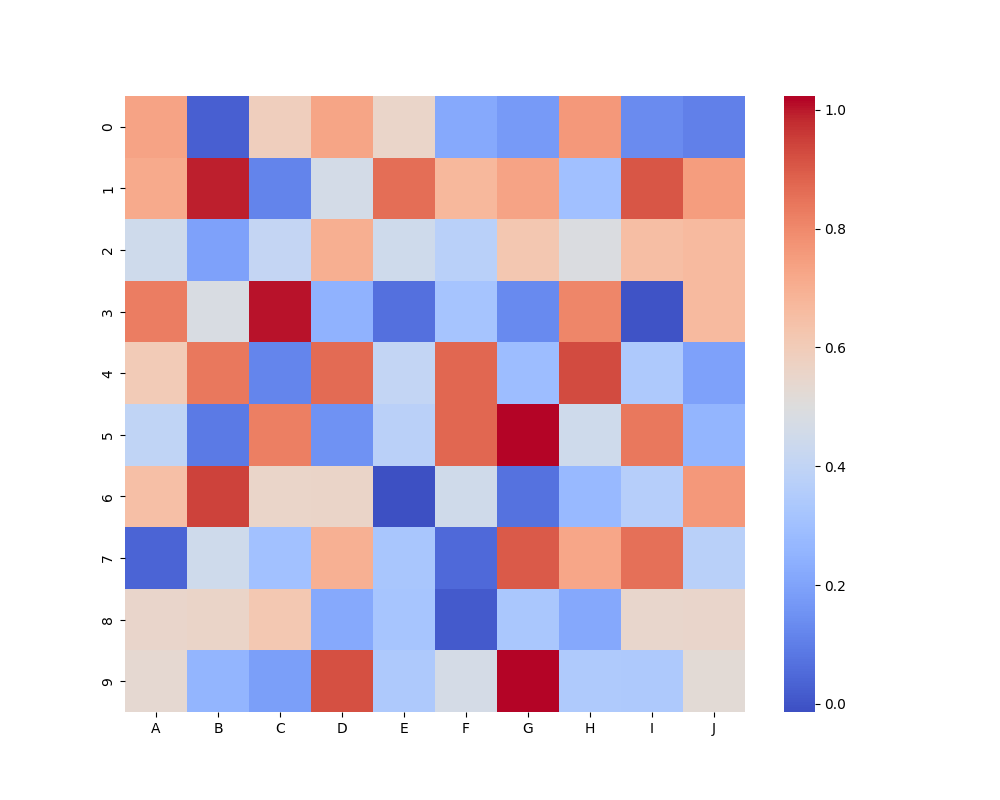
python, seaborn, heatmap, cmap='coolwarm', linewidths=0.0, center=0.5